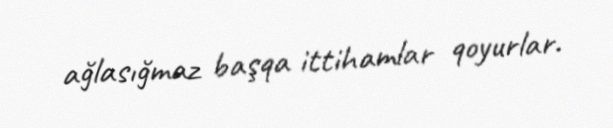
ağlasığmaz başqa ittihamlar qoyurlar.